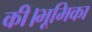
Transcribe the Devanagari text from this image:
की।भूमिका